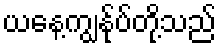
ယနေ့ကျွန်ုပ်တို့သည်